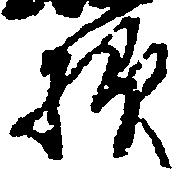
様